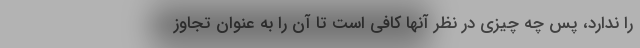
را ندارد، پس چه چیزی در نظر آنها کافی است تا آن را به عنوان تجاوز